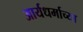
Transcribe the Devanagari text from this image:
आर्यधर्माच्या